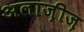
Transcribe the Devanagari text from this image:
अलाज़ीज़